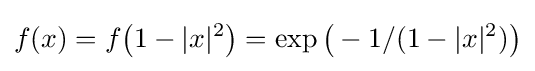
f(x)=f{\big (}1-|x|^{2}{\big )}=\exp {\big (}-1/(1-|x|^{2}){\big )}